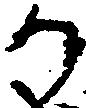
か